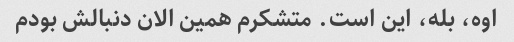
اوه، بله، این است. متشکرم همین الان دنبالش بودم